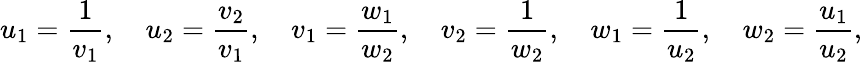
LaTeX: u_{1}={\frac{1}{v_{1}}},\quad u_{2}={\frac{v_{2}}{v_{1}}},\quad v_{1}={\frac{w_{1}}{w_{2}}},\quad v_{2}={\frac{1}{w_{2}}},\quad w_{1}={\frac{1}{u_{2}}},\quad w_{2}={\frac{u_{1}}{u_{2}}},